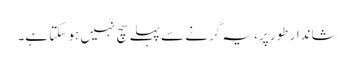
شاندار طور پر، یہ گرنے سے پہلے سچ نہیں ہو سکتا ہے۔